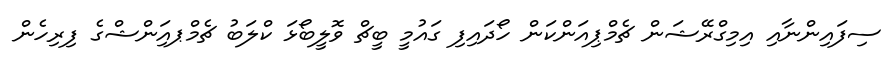
ސިފައިންނާއި އިމިގްރޭޝަން ޗެމްޕިއަންކަން ހޯދައިފި ގައުމީ ބީޗް ވޮލީބޯޅަ ކްލަބު ޗެމްޕއިަންޝްގެ ފިރިހެން